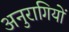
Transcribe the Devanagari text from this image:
अनुरागियों